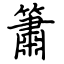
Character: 簫